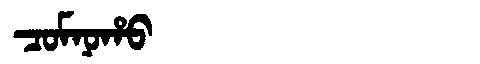
Manchu: ᠴᠣᠮᠨᠣᡥᠣ
Romanization: COMNOHO